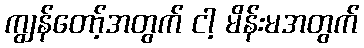
ကျွန်တော့်အတွက် ငါ့ မိန်းမအတွက်